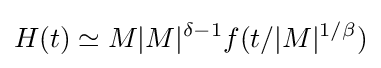
H(t)\simeq M|M|^{\delta -1}f(t/|M|^{1/\beta })